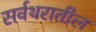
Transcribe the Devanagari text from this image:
सर्वथरातील